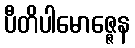
ပီတိပါမောဇ္ဇေန